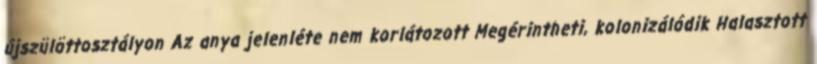
újszülöttosztályon Az anya jelenléte nem korlátozott Megérintheti, kolonizálódik Halasztott